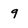
Character: 9